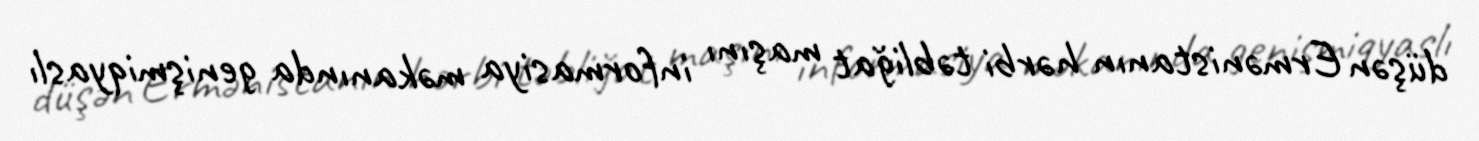
düşən Ermənistanın hərbi təbliğat maşını informasiya məkanında genişmiqyaslı